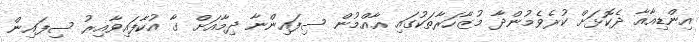
އިންޑިއާއާ ދެކޮޅަށް ކުރެވެމުންދާ މުޒާހަރާތަކުގައި އާއްމުން ސިފައިންނާ ދިމާއަށް ގާ އުކާފައިވާއިރު ސިފައިން